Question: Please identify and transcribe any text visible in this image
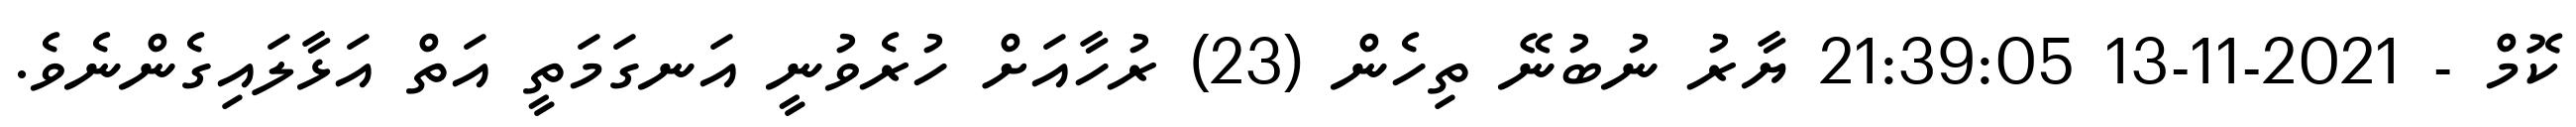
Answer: ކޮމް - 2021-11-13 21:39:05 ޔާރު ނުބުނޭ ތިހެން (23) ރުހާއަށް ހުރެވުނީ އަނގަމަތީ އަތް އަޅާލައިގެންނެވެ.